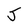
Character: J